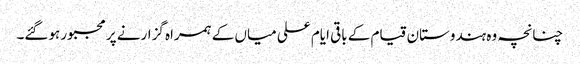
چنانچہ وہ ہندوستان قیام کے باقی ایام علی میاں کے ہمراہ گزارنے پر مجبور ہوگئے۔